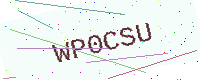
Text: WP0CSU